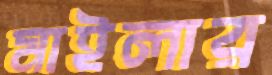
মাইলার